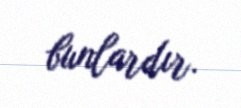
bunlardır.